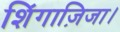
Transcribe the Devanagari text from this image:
शिंगाज़िजा।